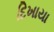
દિખાયા